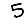
Digit: 5